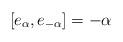
LaTeX: \begin{align*}[ e_{\alpha}, e_{-\alpha}] = - {\alpha} \end{align*}